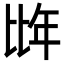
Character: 𭯌